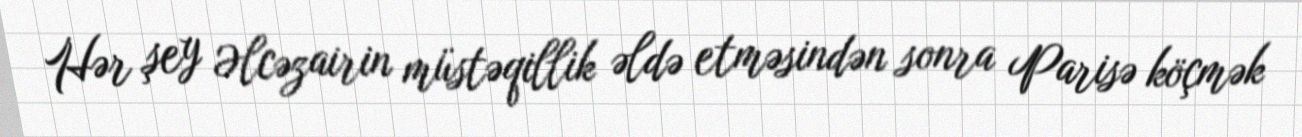
Hər şey Əlcəzairin müstəqillik əldə etməsindən sonra Parisə köçmək